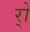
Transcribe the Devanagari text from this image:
र्‍ाे